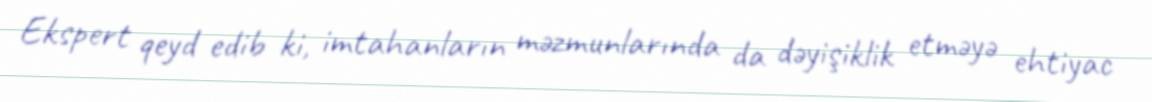
Ekspert qeyd edib ki, imtahanların məzmunlarında da dəyişiklik etməyə ehtiyac